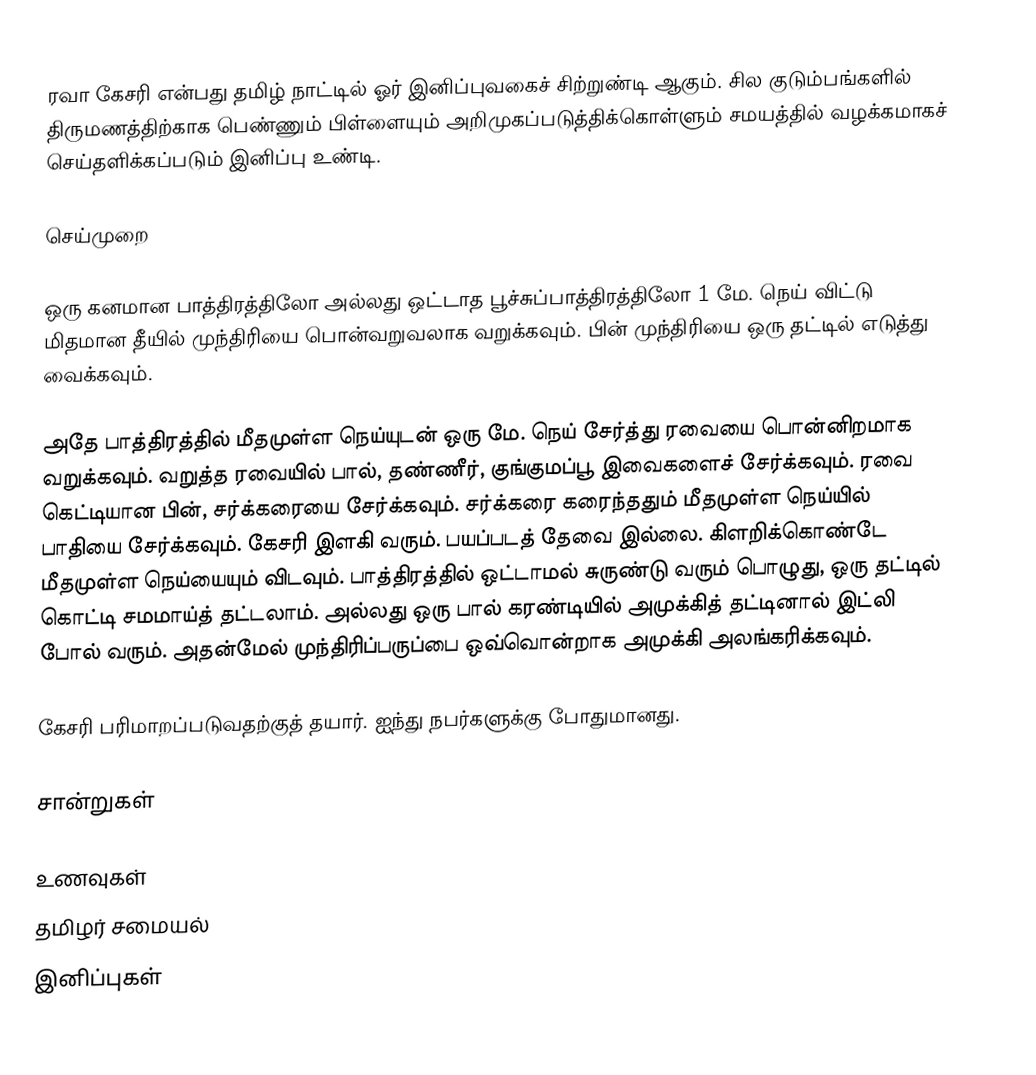
ரவா கேசரி என்பது தமிழ் நாட்டில் ஓர் இனிப்புவகைச் சிற்றுண்டி ஆகும். சில குடும்பங்களில் திருமணத்திற்காக பெண்ணும் பிள்ளையும் அறிமுகப்படுத்திக்கொள்ளும் சமயத்தில் வழக்கமாகச் செய்தளிக்கப்படும் இனிப்பு உண்டி.

செய்முறை

  ஒரு கனமான பாத்திரத்திலோ அல்லது ஒட்டாத பூச்சுப்பாத்திரத்திலோ 1 மே. நெய் விட்டு மிதமான தீயில் முந்திரியை பொன்வறுவலாக வறுக்கவும். பின் முந்திரியை ஒரு தட்டில் எடுத்து வைக்கவும்.

  அதே பாத்திரத்தில் மீதமுள்ள நெய்யுடன் ஒரு மே. நெய் சேர்த்து ரவையை பொன்னிறமாக வறுக்கவும். வறுத்த ரவையில் பால், தண்ணீர், குங்குமப்பூ இவைகளைச் சேர்க்கவும். ரவை கெட்டியான பின்,  சர்க்கரையை சேர்க்கவும். சர்க்கரை கரைந்ததும் மீதமுள்ள நெய்யில் பாதியை சேர்க்கவும். கேசரி இளகி வரும். பயப்படத் தேவை இல்லை. கிளறிக்கொண்டே  மீதமுள்ள நெய்யையும் விடவும்.  பாத்திரத்தில் ஒட்டாமல் சுருண்டு வரும் பொழுது, ஒரு தட்டில் கொட்டி சமமாய்த் தட்டலாம். அல்லது ஒரு பால் கரண்டியில் அமுக்கித் தட்டினால் இட்லி போல் வரும். அதன்மேல் முந்திரிப்பருப்பை ஒவ்வொன்றாக அமுக்கி அலங்கரிக்கவும்.

 கேசரி பரிமாறப்படுவதற்குத் தயார். ஐந்து நபர்களுக்கு போதுமானது.

சான்றுகள்

 உணவுகள்
 தமிழர் சமையல்
 இனிப்புகள்